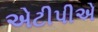
એટીપીએ